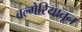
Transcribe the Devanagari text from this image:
बल्गेरियातून